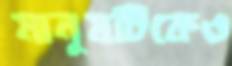
মানুষটিকেও